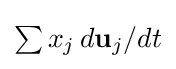
{\textstyle \sum x_{j}\,d\mathbf {u} _{j}/dt}